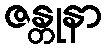
ဇန္တုနာ